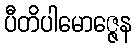
ပီတိပါမောဇ္ဇေန